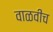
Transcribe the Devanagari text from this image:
वाळवीच